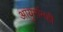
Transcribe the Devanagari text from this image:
आयुर्मानही